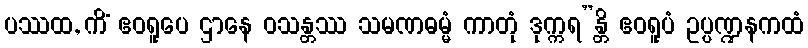
ပဿထ, ကိံ ဧဝရူပေ ဌာနေ ဝသန္တဿ သမဏဓမ္မံ ကာတုံ ဒုက္ကရ”န္တိ ဧဝရူပံ ဥပ္ပဏ္ဍနကထံ